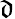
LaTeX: \mathfrak{d}